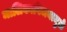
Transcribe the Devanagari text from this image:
मालिकाविजयामुळे